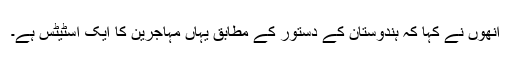
انھوں نے کہا کہ ہندوستان کے دستور کے مطابق یہاں مہاجرین کا ایک اسٹیٹس ہے۔